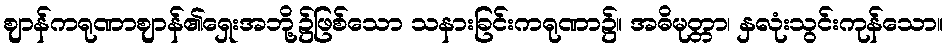
ဈာန်ကရုဏာဈာန်၏ရှေးအဘို့၌ဖြစ်သော သနားခြင်းကရုဏာ၌။ အဓိမုတ္တာ၊ နှလုံးသွင်းကုန်သော။